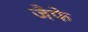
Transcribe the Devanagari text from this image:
जैफे